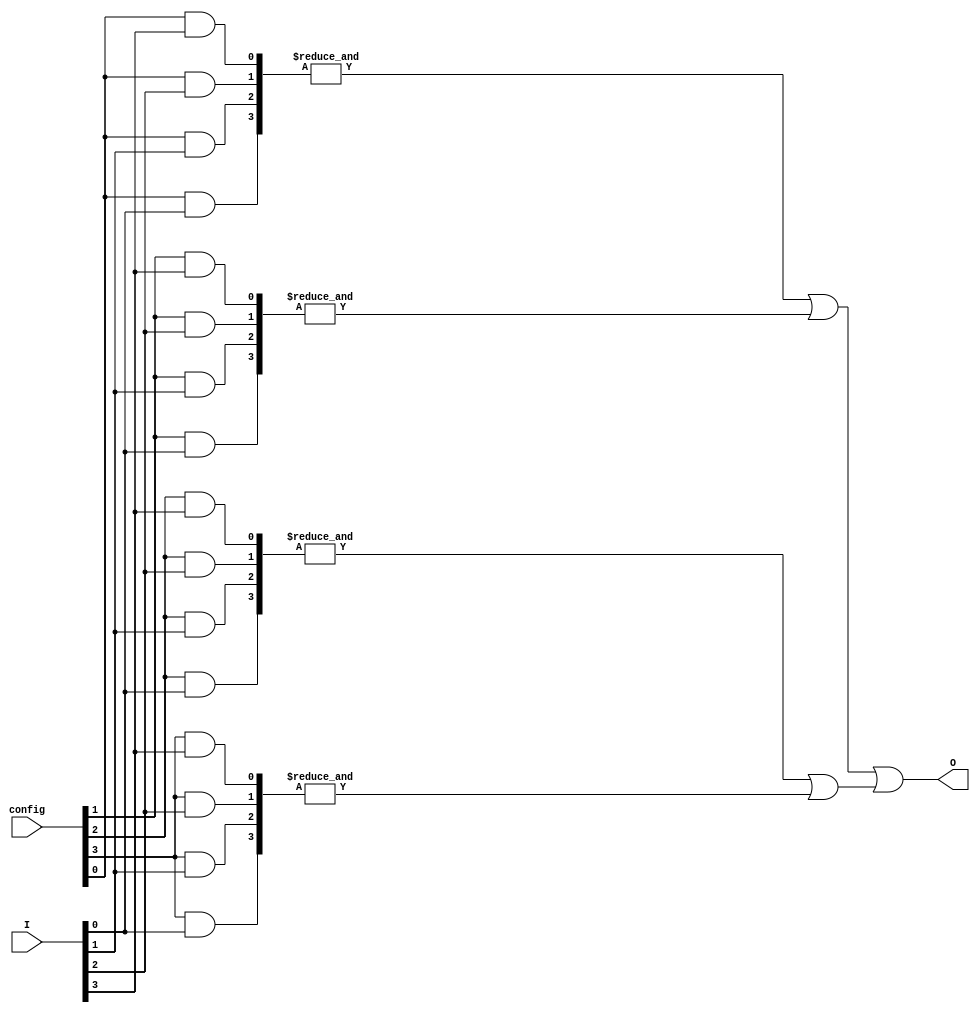
module jewel_pal (
    input wire [N-1:0] I,        // Input pins (I1, I2, ..., In)
    input wire [M-1:0] config,   // Configuration for AND gates
    output wire O                // Output pin
);
    parameter N = 4;             // Number of input pins
    parameter M = 4;             // Number of AND gates
    parameter P = 2;             // Number of OR gates

    // Internal wires for AND gate outputs
    wire [M-1:0] and_out;        // Outputs from AND gates
    wire [P-1:0] or_out;         // Outputs to OR gates

    // Programmable AND gates
    genvar i;
    generate
        for (i = 0; i < M; i = i + 1) begin : and_gates
            wire [N-1:0] and_inputs;
            assign and_inputs = {
                (config[i] & I[0]), // Example: config bit determines if I[0] is used
                (config[i] & I[1]),
                (config[i] & I[2]),
                (config[i] & I[3])
            };
            assign and_out[i] = &and_inputs; // AND operation
        end
    endgenerate

    // Fixed OR gates
    assign or_out[0] = and_out[0] | and_out[1]; // Example connections
    assign or_out[1] = and_out[2] | and_out[3];

    // Final output
    assign O = or_out[0] | or_out[1]; // Final OR operation

endmodule